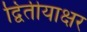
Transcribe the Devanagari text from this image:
द्वितीयाक्षर